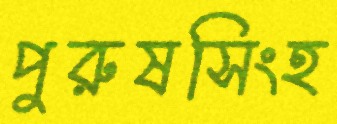
পুরুষসিংহ